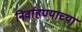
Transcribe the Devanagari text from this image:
निर्वाहण्याच्या